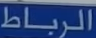
الرباط